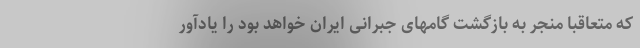
که متعاقبا منجر به بازگشت گامهای جبرانی ایران خواهد بود را یادآور